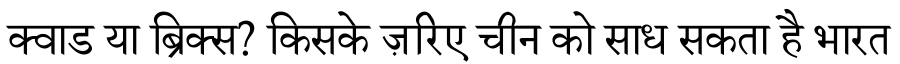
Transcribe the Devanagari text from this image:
क्वाड या ब्रिक्स? किसके ज़रिए चीन को साध सकता है भारत